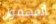
أتفهمون